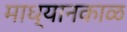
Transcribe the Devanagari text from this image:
माध्यानकाळ